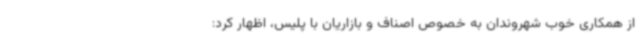
از همکاری خوب شهروندان به خصوص اصناف و بازاریان با پلیس، اظهار کرد: